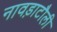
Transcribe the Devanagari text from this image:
नावड़ाटौली